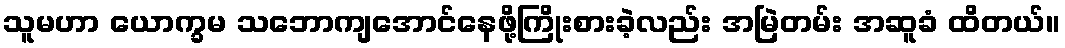
သူမဟာ ယောက္ခမ သဘောကျအောင်နေဖို့ကြိုးစားခဲ့လည်း အမြဲတမ်း အဆူခံ ထိတယ်။